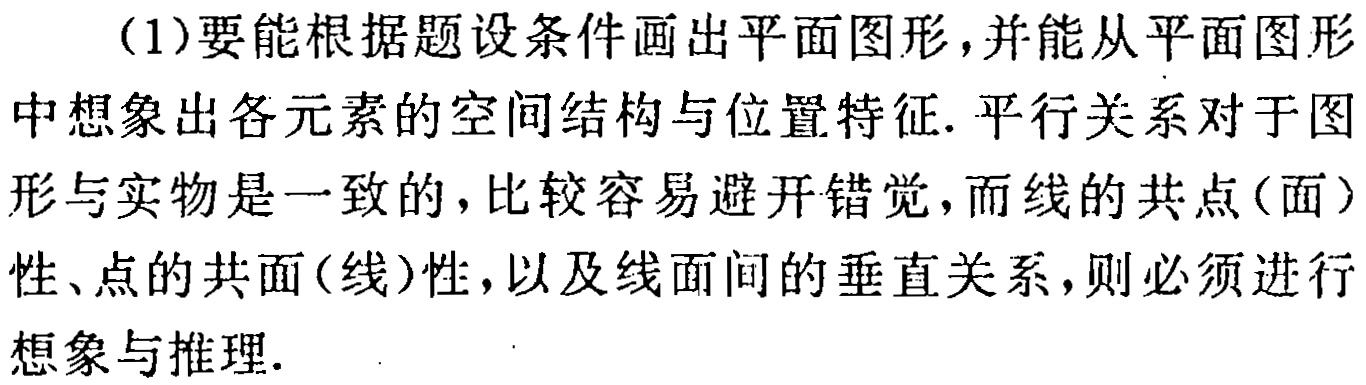
（1）要能根据题设条件画出平面图形，并能从平面图形中想象出各元素的空间结构与位置特征. 平行关系对于图形与实物是一致的，比较容易避开错觉，而线的共点（面）性、点的共面（线）性，以及线面间的垂直关系，则必须进行想象与推理.